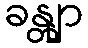
ခန္တျာ